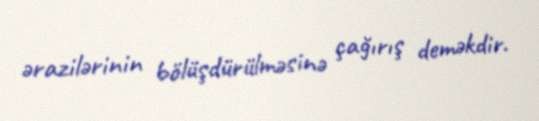
ərazilərinin bölüşdürülməsinə çağırış deməkdir.